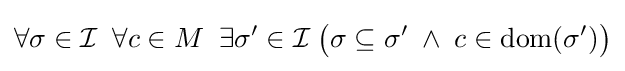
\forall \sigma \in {\mathcal {I}}\;\;\forall c\in M\;\;\exists \sigma '\in {\mathcal {I}}\;{\bigl (}\sigma \subseteq \sigma '\;\land \;c\in \mathrm {dom} (\sigma '){\bigr )}